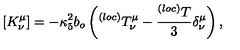
[ K _ { \nu } ^ { \mu } ] = - \kappa _ { 5 } ^ { 2 } b _ { o } \left( ^ { ( l o c ) } T _ { \nu } ^ { \mu } - \frac { ^ { ( l o c ) } T } { 3 } \delta _ { \nu } ^ { \mu } \right) ,